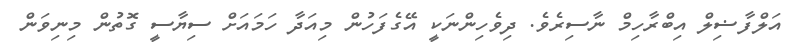
އަލްފާޟިލް އިބްރާހިމް ނާސިރެވެ. ދިވެހިންނަކީ އޭގެފަހުން މިއަދާ ހަމައަށް ސިޔާސީ ގޮތުން މިނިވަން